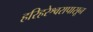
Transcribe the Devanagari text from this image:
हरिहरेश्वरापासून